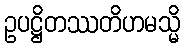
ဥပဋ္ဌိတဿတိဟမသ္မိ